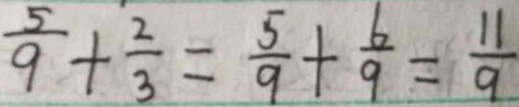
\frac { 5 } { 9 } + \frac { 2 } { 3 } = \frac { 5 } { 9 } + \frac { 6 } { 9 } = \frac { 1 1 } { 9 }